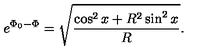
e ^ { \Phi _ { 0 } - \Phi } = \sqrt { \frac { \cos ^ { 2 } x + R ^ { 2 } \sin ^ { 2 } x } { R } } .